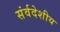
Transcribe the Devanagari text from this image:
संर्वदेशीय